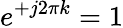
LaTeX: e^{+j2\pi k}=1